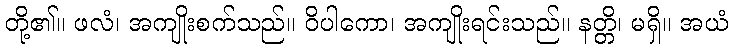
တို့၏။ ဖလံ၊ အကျိုးစက်သည်။ ဝိပါကော၊ အကျိုးရင်းသည်။ နတ္တိ၊ မရှိ။ အယံ